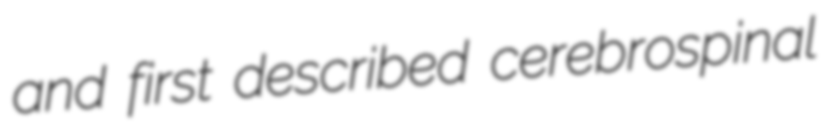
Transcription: and first described cerebrospinal